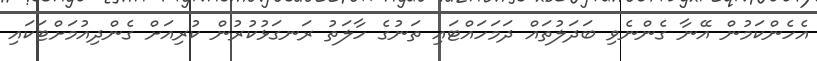
އެހެންކަމުން އޭނާ ގެންނެވި ބަދަލުތައް ދަމަހައްޓައި ތަނުގެ ހާލަތު ރަނގަޅުކުރުން ކުރިއަށް ގެންދިއުމަށްޓަކައި